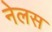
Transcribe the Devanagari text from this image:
नेलस